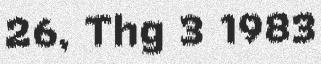
26, Thg 3 1983